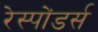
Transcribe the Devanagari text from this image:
रेस्पोंडर्स